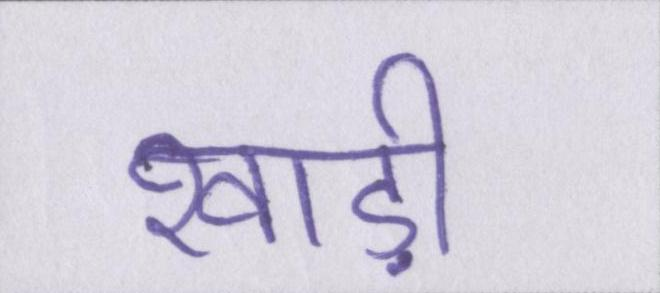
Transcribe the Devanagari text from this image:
खाड़ी